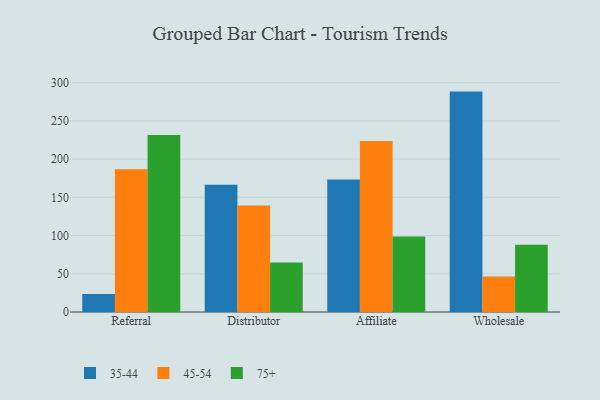
{"axis": {"x": "Channel", "y": "Humidity (%)"}, "legend": ["35-44", "45-54", "75+"], "data": [{"x": "Referral", "y": 23.5, "type": "35-44"}, {"x": "Referral", "y": 186.8, "type": "45-54"}, {"x": "Referral", "y": 231.6, "type": "75+"}, {"x": "Distributor", "y": 166.6, "type": "35-44"}, {"x": "Distributor", "y": 139.2, "type": "45-54"}, {"x": "Distributor", "y": 64.6, "type": "75+"}, {"x": "Affiliate", "y": 173.4, "type": "35-44"}, {"x": "Affiliate", "y": 223.6, "type": "45-54"}, {"x": "Affiliate", "y": 98.7, "type": "75+"}, {"x": "Wholesale", "y": 288.3, "type": "35-44"}, {"x": "Wholesale", "y": 46.4, "type": "45-54"}, {"x": "Wholesale", "y": 88.1, "type": "75+"}]}